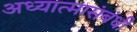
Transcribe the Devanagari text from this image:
अध्यात्मासंबंधी